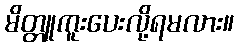
မိတ္တူကူးပေးလို့ရမလား။